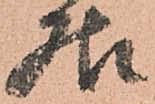
居